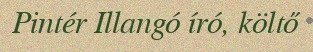
Pintér Illangó író, költő